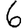
Digit: 6